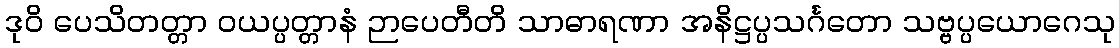
ဒုဝိ ပေသိတတ္တာ ဝယပ္ပတ္တာနံ ဉာပေတီတိ သာဓာရဏာ အနိဋ္ဌပ္ပသင်္ဂတော သဗ္ဗပ္ပယောဂေသု